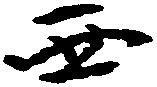
西